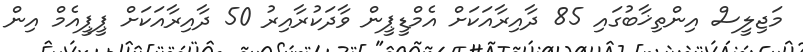
މަޖިލީސް އިންތިޚާބުގައި 85 ދާއިރާއަކަށް އެމްޑީޕީން ވާދަކުރާއިރު 50 ދާއިރާއަކަށް ޕީޕީއެމް އިން